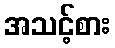
အသင့်စား